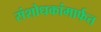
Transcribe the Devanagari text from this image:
संशोधकांमार्फत